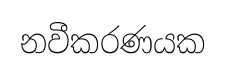
නවීකරණයක